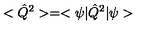
< \hat { Q } ^ { 2 } > = < \psi | \hat { Q } ^ { 2 } | \psi >